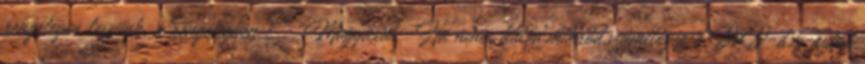
rengetegen leszünk, a rengetegben:: ” „Magyarul:-Ha nincs hűtőd,mikród,számítógéped,DvD-d,és autód